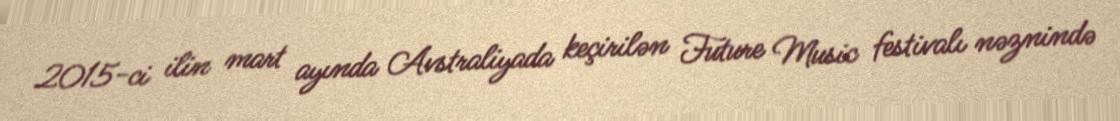
2015-ci ilin mart ayında Avstraliyada keçirilən Future Music festivalı nəznində